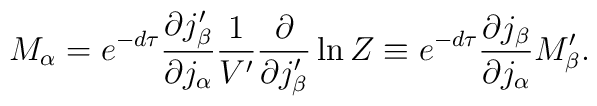
M_\alpha=e^{-d\tau}\frac{\partial j'_\beta}{\partial j_\alpha}        \frac{1}{V'}\frac{\partial}{\partial j'_\beta}\ln Z      \equiv e^{-d\tau}\frac{\partial j_\beta}{\partial j_\alpha}M'_\beta.